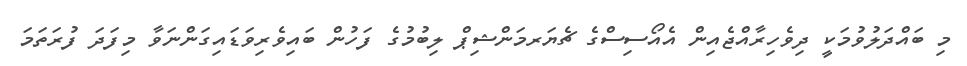
މި ބައްދަލުވުމަކީ ދިވެހިރާއްޖެއިން އެއޯސިސްގެ ޗެޔަރމަންޝިޕް ލިބުމުގެ ފަހުން ބައިވެރިވަޑައިގަންނަވާ މިފަދަ ފުރަތަމަ